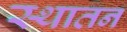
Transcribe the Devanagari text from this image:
स्थातन